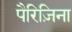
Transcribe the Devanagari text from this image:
पैरिज़िना